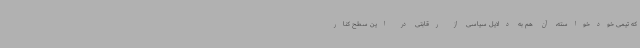
که تیمی خودخواسته، آن‌ هم به دلایل سیاسی از رقابتی در این سطح کنار